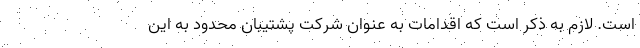
است. لازم به ذکر است که اقدامات به عنوان شرکت پشتیبان محدود به این